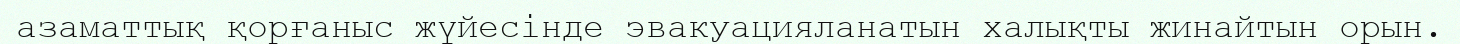
азаматтық қорғаныс жүйесінде эвакуацияланатын халықты жинайтын орын.